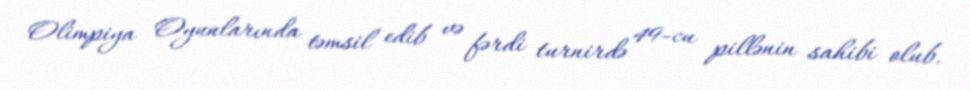
Olimpiya Oyunlarında təmsil edib və fərdi turnirdə 49-cu pillənin sahibi olub.